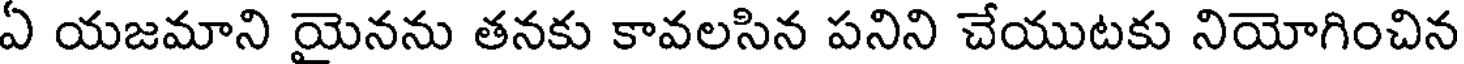
ఏ యజమాని యైనను తనకు కావలసిన పనిని చేయుటకు నియోగించిన